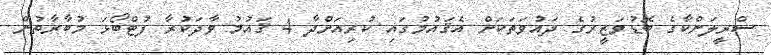
ސްރީލަންކާގެ ބޮޑުވަޒީރުގެ ދައުވަތަކަށް އެޤައުމުގައި ކުރިއަށްދާ 4 ޤައުމު ވާދަކުރާ ފުޓްބޯޅަ މުބާރާތުން